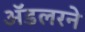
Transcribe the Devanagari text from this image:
ॲडलरने